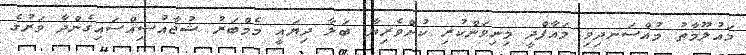
މައުލޫމާތު މުއްސަނދިވި މައާފްދީ މިނިވަންކުރި ކުށްވެރިޔާ ބަލާ ދިޔައީ މެމްބަރު ޝުޖާއުސިއްސައިގެންދާ ވަރުގެ